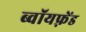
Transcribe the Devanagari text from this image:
ब्वॉयफ़्रेंड